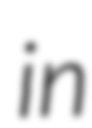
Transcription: in